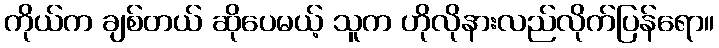
ကိုယ်က ချစ်တယ် ဆိုပေမယ့် သူက ဟိုလိုနားလည်လိုက်ပြန်ရော။